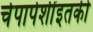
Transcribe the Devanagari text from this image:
चेपापेशींइतकी